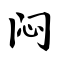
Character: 闷